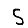
Digit: 5